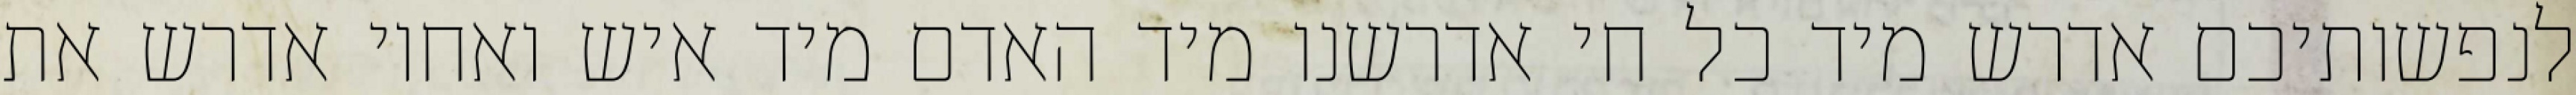
לנפשותיכם אדרש מיד כל חי אדרשנו מיד האדם מיד איש ואחיו אדרש את